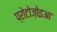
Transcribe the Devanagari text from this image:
प्रोटोज़ोइआ